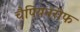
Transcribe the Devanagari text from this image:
चैपियनरीफ